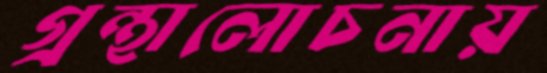
গ্রন্থালোচনায়